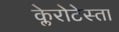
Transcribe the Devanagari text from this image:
क्लेरोटेस्ता